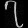
Digit: ၇